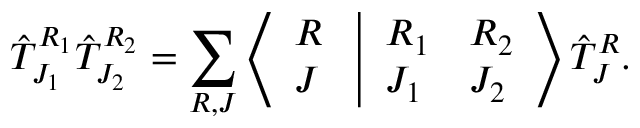
{ \hat { \cal T } } _ { J _ { 1 } } ^ { R _ { 1 } } { \hat { \cal T } } _ { J _ { 2 } } ^ { R _ { 2 } } = \sum _ { R , J } \left\langle \begin{array} { l } { { R } } \\ { { J } } \end{array} \right. \left| \begin{array} { l l } { { R _ { 1 } } } & { { R _ { 2 } } } \\ { { J _ { 1 } } } & { { J _ { 2 } } } \end{array} \right\rangle { \hat { \cal T } } _ { J } ^ { R } .